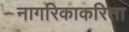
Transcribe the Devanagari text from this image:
नागरिकाकरिता